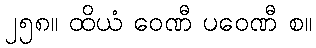
၂၅၈။ ထိယံ ဝေဏီ ပဝေဏီ စ။